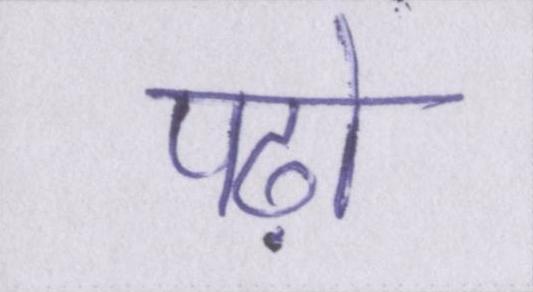
पढ़ो